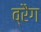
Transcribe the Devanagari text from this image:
व्रैग